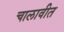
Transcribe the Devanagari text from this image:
चालावीत